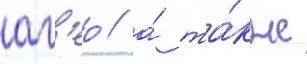
аг'ео / а́ та́кже